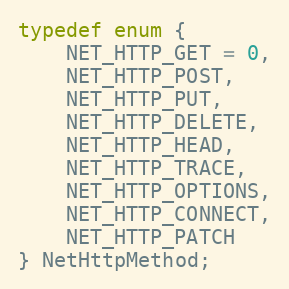
Language: C
typedef enum {
	NET_HTTP_GET = 0,
	NET_HTTP_POST,
	NET_HTTP_PUT,
	NET_HTTP_DELETE,
	NET_HTTP_HEAD,
	NET_HTTP_TRACE,
	NET_HTTP_OPTIONS,
	NET_HTTP_CONNECT,
	NET_HTTP_PATCH
} NetHttpMethod;